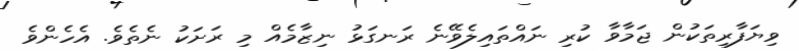
ވިޔަފާރިތަކުން ޖަމާވާ ކުރި ނައްތައިލެވޭނެ ރަނގަޅު ނިޒާމެއް މި ރަށަކު ނެތެވެ. އެހެންވެ